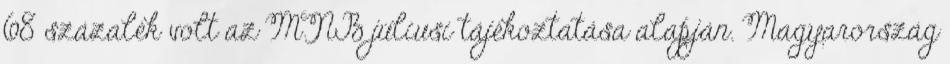
68 százalék volt az MNB júliusi tájékoztatása alapján. Magyarország